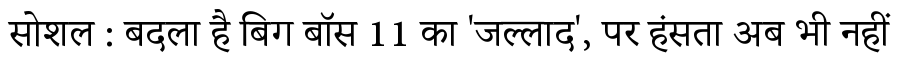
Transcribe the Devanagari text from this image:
सोशल : बदला है बिग बॉस 11 का 'जल्लाद', पर हंसता अब भी नहीं